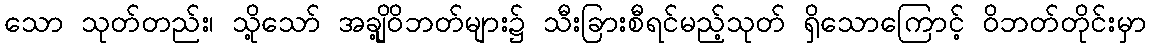
သော သုတ်တည်း၊ သို့သော် အချို့ဝိဘတ်များ၌ သီးခြားစီရင်မည့်သုတ် ရှိသောကြောင့် ဝိဘတ်တိုင်းမှာ